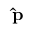
\mathbf { \hat { p } }